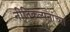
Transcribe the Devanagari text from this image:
नीतिकल्पनांच्या